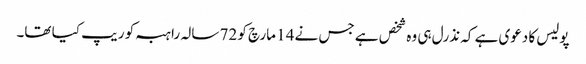
پولیس کا دعوی ہے کہ نذرل ہی وہ شخص ہے جس نے 14 مارچ کو 72 سالہ راہبہ کو ریپ کیا تھا۔